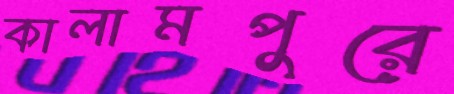
কালামপুরে